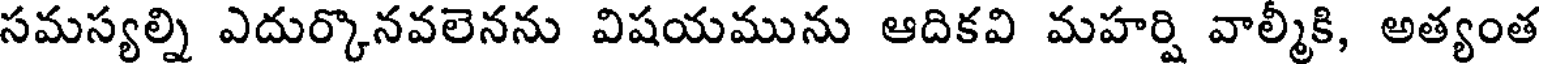
సమస్యల్ని ఎదుర్కొనవలెనను విషయమును ఆదికవి మహర్షి వాల్మికి, అత్యంత